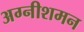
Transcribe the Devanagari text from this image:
अग्नीशमन